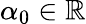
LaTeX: \alpha_{0}\in\mathbb{R}